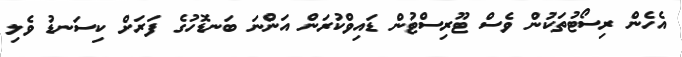
އެހެން ރިސޯޓުތަކުން ވެސް ޓޫރިސްޓުން ޑައިވްކުރަން އަންނަ ބަނޑޮހުގެ ފަރަށް ކިސަނޑު ވެލި